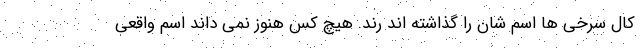
کال سرخی ها اسم شان را گذاشته اند رند. هیچ کس هنوز نمی داند اسم واقعی